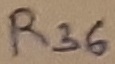
Text: R36